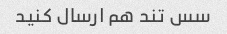
سس تند هم ارسال کنید